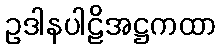
ဥဒါနပါဠိအဋ္ဌကထာ